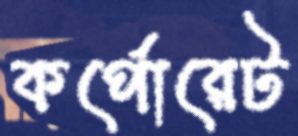
কর্পোরেট